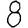
Digit: 8